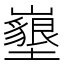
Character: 𡓚